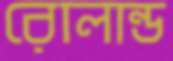
রোলান্ড